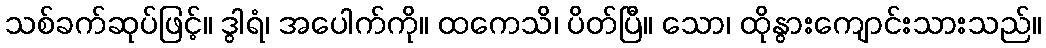
သစ်ခက်ဆုပ်ဖြင့်။ ဒွါရံ၊ အပေါက်ကို။ ထကေသိ၊ ပိတ်ပြီ။ သော၊ ထိုနွားကျောင်းသားသည်။